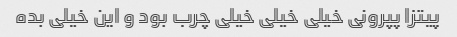
پیتزا پپرونی خیلی خیلی خیلی چرب بود و این خیلی بده